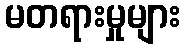
မတရားမှုများ